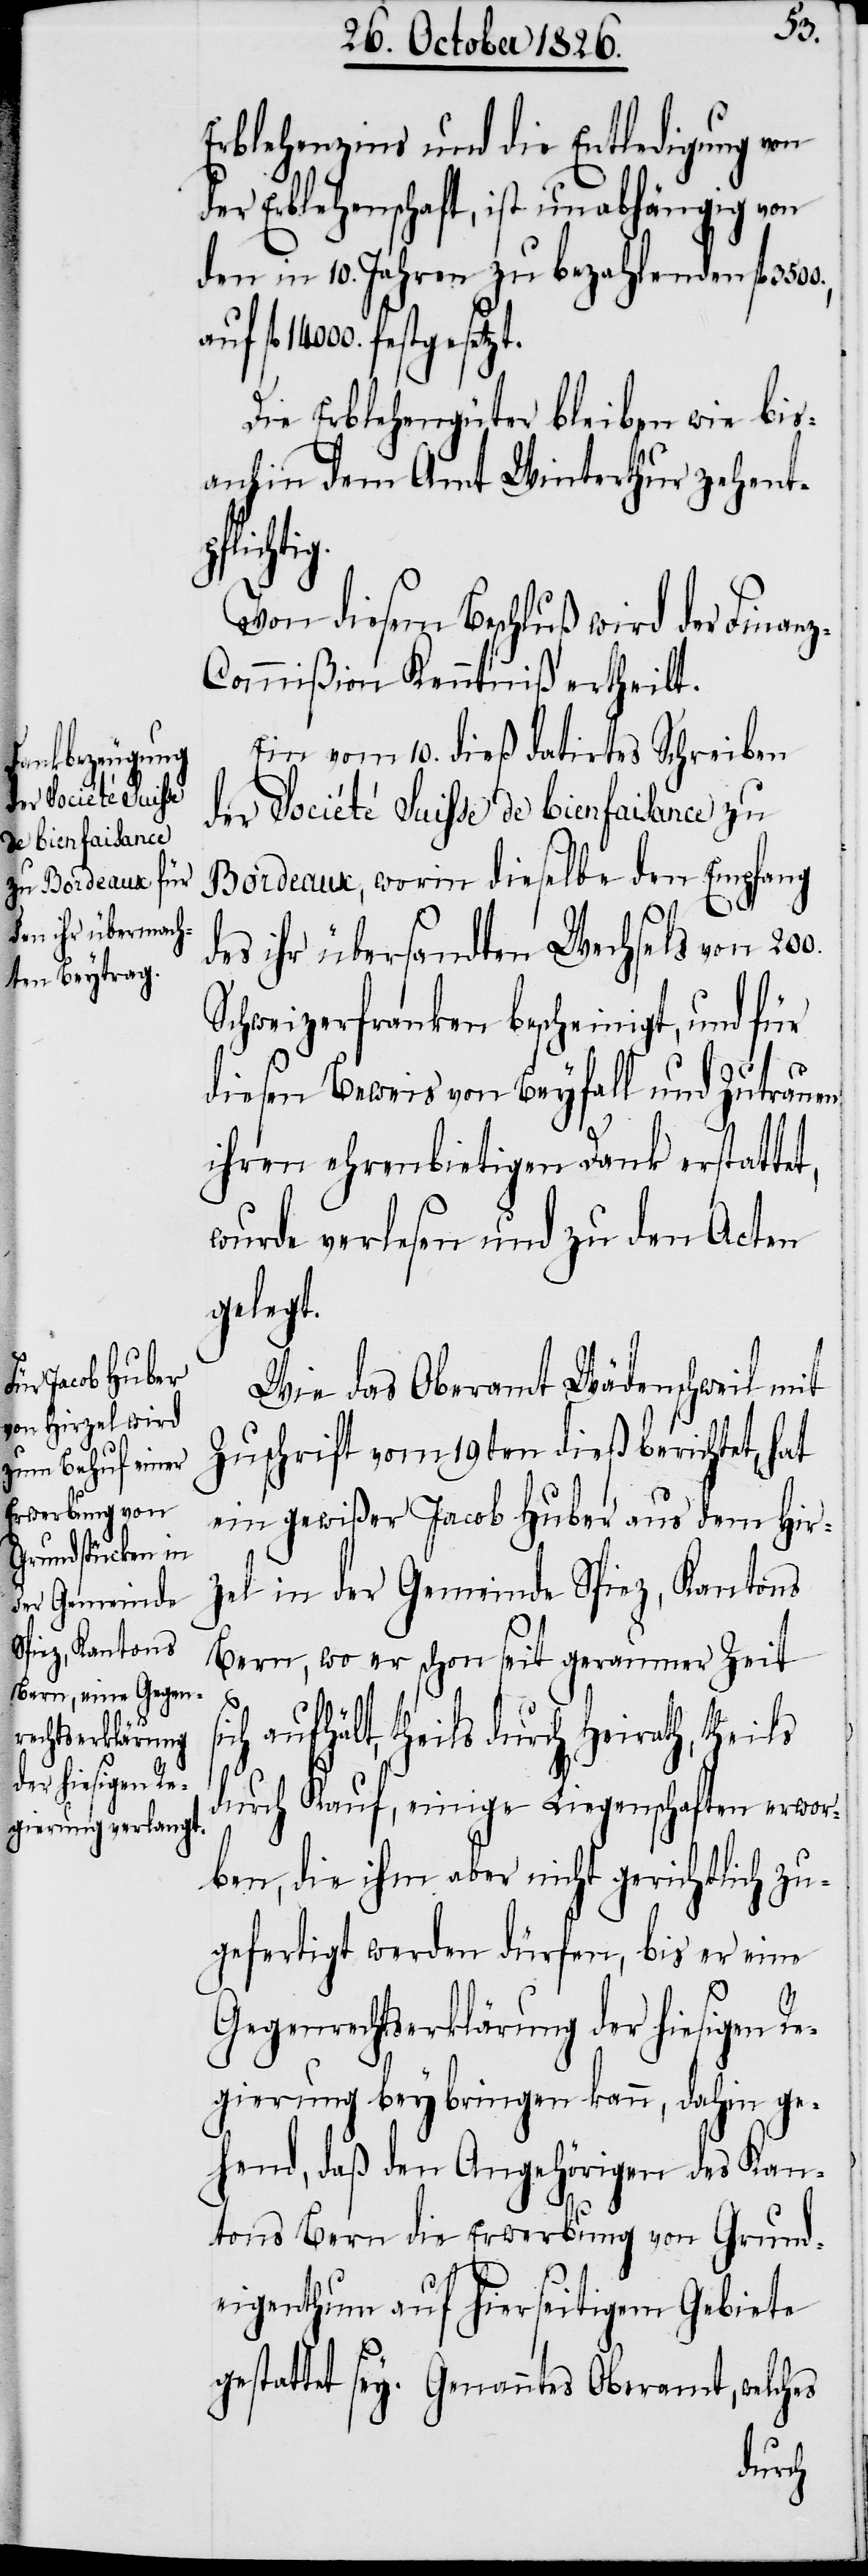
g.
Erblehenzins und die Entledigung von
der Erblehenschaft, ist unabhängig von
den in 10. Jahren zu bezahlenden fl.
14 000. festgesetzt.
Die Erblehengüter bleiben wie bis¬
anhin dem Amt Winterthur zehentp¬
flichti¬
Von diesem Beschluß wird der Finan¬
z-Commißion Kenntniß ertheilt.
Ein vom 10. dieß datirtes Schreiben
der Société Suisse de bienfaisance zu
Bordeaux, worin dieselbe den Empfang
des ihr übersandten Wechsels von
Schweizerfranken bescheinigt, und für
diesen Beweis von Beyfall und Zutrauen
ihren ehrerbietigen Dank erstattet,
wurde verlesen und zu den Acten
gelegt.
Wie das Oberamt Wädenschweil mit
Zuschrift vom 19ten dieß berichtet, hat
ein gewißer Jacob Huber aus dem Hir¬
zel in der Gemeinde Spiez, Kantons
Bern, wo er schon seit geraumer Zeit
aufhält, theils durch Heirath, theils
durch Kauf, einige Liegenschaften erwor¬
ben, die ihm aber nicht gerichtlich zu¬
gefertigt werden dürfen, bis er eine
Gegenrechtserklärung der hiesigen Re¬
gierung beybringen kann, dahin ge¬
hend, daß den Angehörigen des Kan¬
tons Bern die Erwerbung von Grund¬
eigenthum auf hierseitigem Gebiete
gestattet sey. Genanntes Oberamt, welches